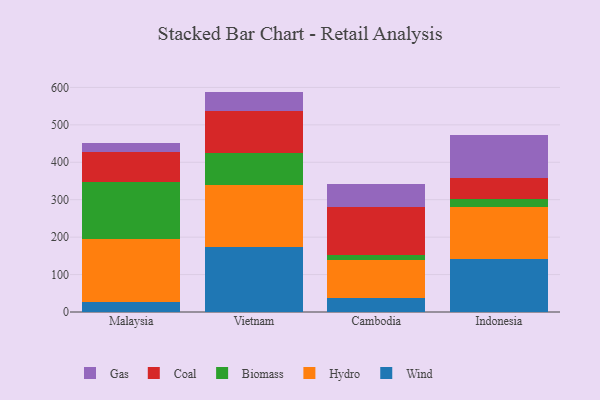
{"axis": {"x": "Country", "y": "Production Output"}, "legend": ["Biomass", "Coal", "Gas", "Hydro", "Wind"], "data": [{"x": "Malaysia", "y": 26.6, "type": "Wind"}, {"x": "Malaysia", "y": 168.4, "type": "Hydro"}, {"x": "Malaysia", "y": 153.2, "type": "Biomass"}, {"x": "Malaysia", "y": 78.6, "type": "Coal"}, {"x": "Malaysia", "y": 25.2, "type": "Gas"}, {"x": "Vietnam", "y": 173.6, "type": "Wind"}, {"x": "Vietnam", "y": 165.0, "type": "Hydro"}, {"x": "Vietnam", "y": 86.6, "type": "Biomass"}, {"x": "Vietnam", "y": 111.2, "type": "Coal"}, {"x": "Vietnam", "y": 52.4, "type": "Gas"}, {"x": "Cambodia", "y": 37.9, "type": "Wind"}, {"x": "Cambodia", "y": 101.1, "type": "Hydro"}, {"x": "Cambodia", "y": 12.4, "type": "Biomass"}, {"x": "Cambodia", "y": 129.6, "type": "Coal"}, {"x": "Cambodia", "y": 61.3, "type": "Gas"}, {"x": "Indonesia", "y": 141.2, "type": "Wind"}, {"x": "Indonesia", "y": 138.1, "type": "Hydro"}, {"x": "Indonesia", "y": 22.9, "type": "Biomass"}, {"x": "Indonesia", "y": 54.6, "type": "Coal"}, {"x": "Indonesia", "y": 116.4, "type": "Gas"}]}